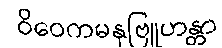
ဝိဝေကမနုဗြူဟန္တာ